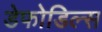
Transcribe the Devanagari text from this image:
डेफोडिल्स